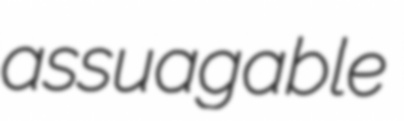
assuagable